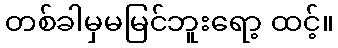
တစ်ခါမှမမြင်ဘူးရော့ ထင့်။